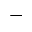
-